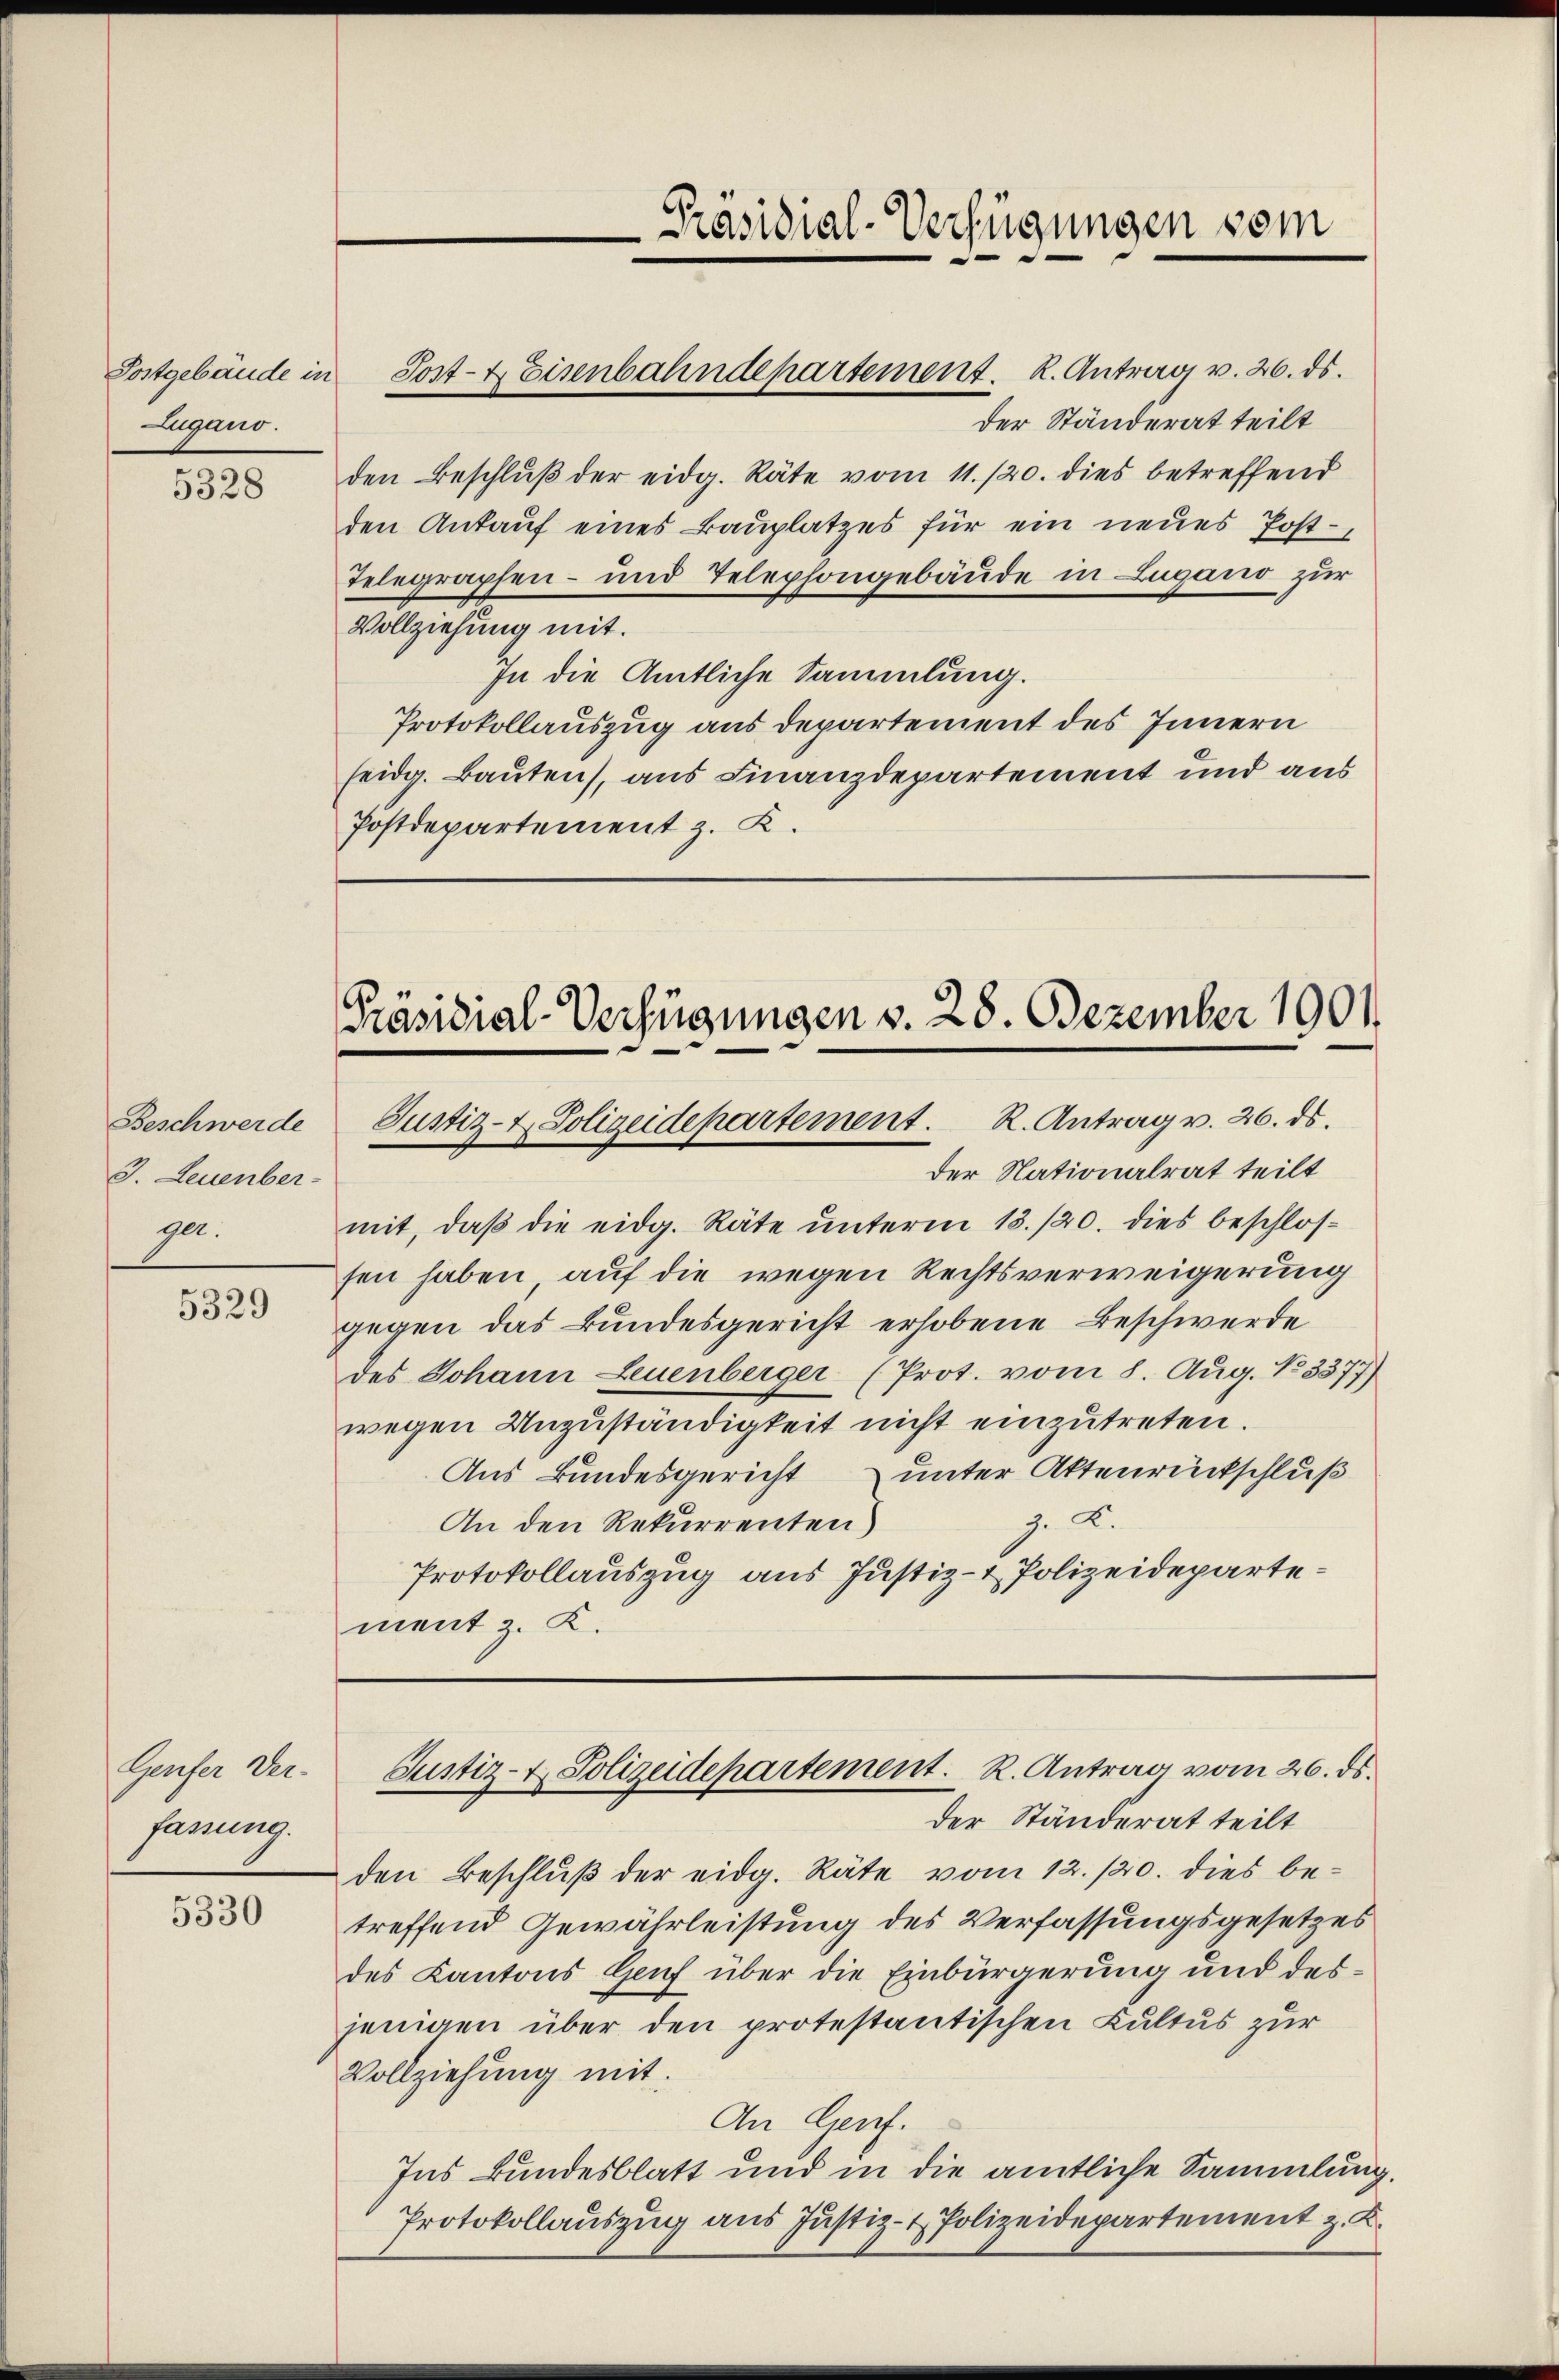
Postgebäude in
Zugano.

5328

Beschwerde
3. Leuenber
gen.

5329

Genfer Ver-
fassung.

5330

der Ständerat teilt
den Beschluß der eidg. Räte vom 11./20. dies betreffend
den Ankauf eines Bauplatzes für ein neues Post¬
Telegraphen- und Telephongebäude in Zugano zur
Vollziehung mit.
In die Amtliche Sammlung.
Protokollauszug aus Departement des Innern
seidg. Bauten), aus Finanzdepartement und aus
Postdepartement z. K.

Post- & Eisenbahndepartement. K. Antrag v. 26. ds.

Präsidial-Verfügungen vom

Präsidial-Verfügungen v. 28. Dezember 1901
Justiz- & Polizeidepartement. R. Antrag v. 26. ds.
der Nationalrat teilt

mit, daβ die eidg. Räte ŭnterm 13./20. dies beschlos-
sen haben auf die wegen Rechtsverweigerung
gegen das Bundesgericht erhobene Beschwerde
des Johann Leuenberger (Prot. vom 8. Aŭg. No 3377)
wegen Unzuständigkeit nicht einzutreten.
Aus Bundesgericht unter Aktenrückschluß
z. K.
An den Rekurrenten)
Protokollauszug aus Justiz- & Polizeidepartement z. K.

Justiz- & Polizeidepartement. R. Antrag vom 26. ds.

der Ständerat teilt
den Beschluß der eidg. Räte vom 12./20. dies betreffend Gewährleistung des Verfassungsgesetzes
des Kantons Genf über die Einbürgerung und desjenigen über den protestantischen Kultus zur
Vollziehung mit:
An Genf.
Ins Bundesblatt und in die amtliche Sammlung.
Protokollauszug aus Justiz- & Polizeidepartement z. K.